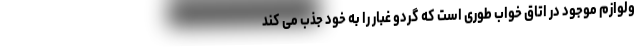
ولوازم موجود در اتاق خواب طوری است که گردو غبار را به خود جذب می کند